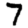
Digit: 7